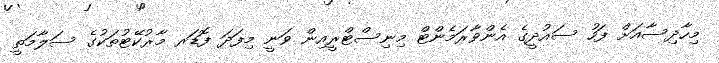
މިހާދިސާއަށް ފަހު ސައުދީގެ އެންވާރަމެންޓް މިނިސްޓްރީއިން ވަނީ މިފަދަ ފޮޑަރ މާރުކޭޓުތަކުގެ ސަލާމަތީ